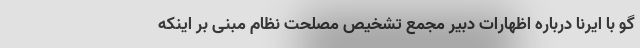
گو با ایرنا درباره اظهارات دبیر مجمع تشخیص مصلحت نظام مبنی بر اینکه